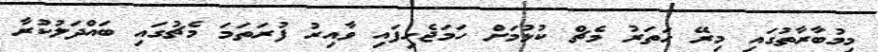
މިމުބާރާތުގައި މިރޭ ހަތަރު މެޗް ކުޅުމަށް ހަމަޖެހިފައި ވާއިރު ފުރަތަމަ މެޗުގައި ބައްދަލުކުރާ